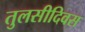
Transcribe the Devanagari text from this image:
तुलसीदिवस